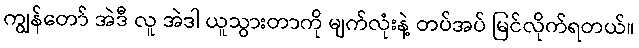
ကျွန်တော် အဲဒီ လူ အဲဒါ ယူသွားတာကို မျက်လုံးနဲ့ တပ်အပ် မြင်လိုက်ရတယ်။